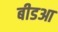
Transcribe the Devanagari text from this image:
बीडआ